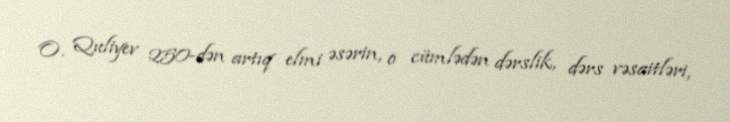
O. Quliyev 250-dən artıq elmi əsərin, o cümlədən dərslik, dərs vəsaitləri,